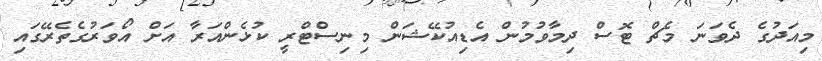
މިއަދުގެ ދެވަަނަ މެޗް ޓޮސް ދިމާވުމުން އެޑިއުކޭޝަން މިނިސްޓްރީ ކުޅެންއަރާ އަށް އޯވަރުގެތެރޭގައި